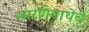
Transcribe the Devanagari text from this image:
स्मरणगाथेचे